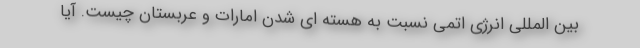
بین المللی انرژی اتمی نسبت به هسته ای شدن امارات و عربستان چیست. آیا